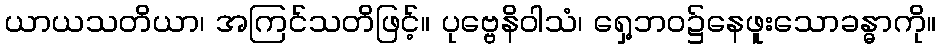
ယာယသတိယာ၊ အကြင်သတိဖြင့်။ ပုဗ္ဗေနိဝါသံ၊ ရှေ့ဘဝ၌နေဖူးသောခန္ဓာကို။